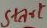
Text: Start